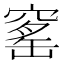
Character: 窰